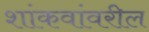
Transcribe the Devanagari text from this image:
शांकवांवरील